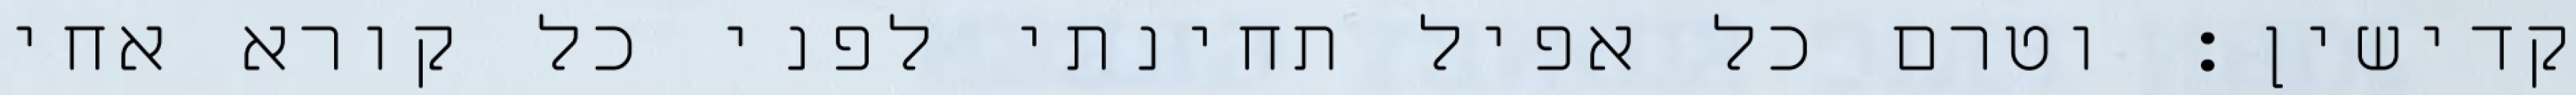
קדישין: וטרם כל אפיל תחינתי לפני כל קורא אחי